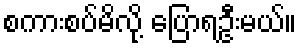
စကားစပ်မိလို့ ပြောရဦးမယ်။